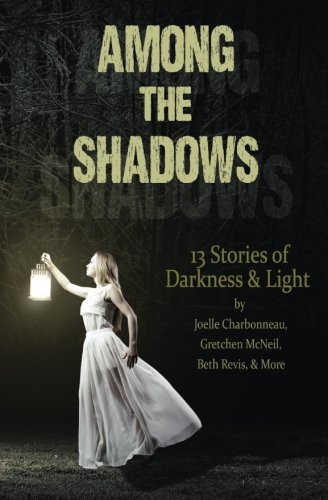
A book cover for Among the Shadows: Thirteen Stories of Darkness and Light; Demitria Lunetta; Teen & Young Adult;